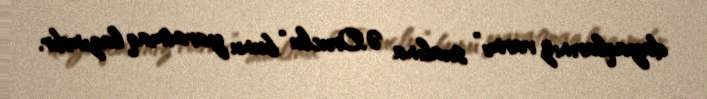
dayaqlarınız varmı” sualına Ə.Oruclu “bunu yaratmaq lazımdır.